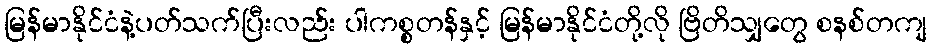
မြန်မာနိုင်ငံနဲ့ပတ်သက်ပြီးလည်း ပါကစ္စတန်နှင့် မြန်မာနိုင်ငံတို့လို ဗြိတိသျှတွေ စနစ်တကျ